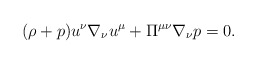
\begin{align*} (\rho+p)u^\nu\nabla_\nu u^\mu+\Pi^{\mu\nu}\nabla_\nu p=0.\end{align*}